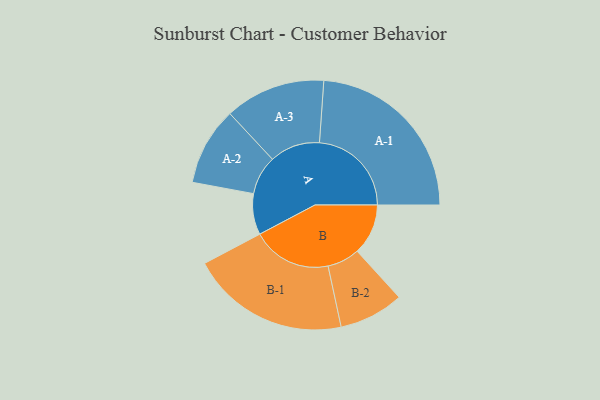
{"axis": {"x": "Segment", "y": "Value"}, "legend": ["", "A", "B"], "data": [{"x": "A", "y": 128, "type": ""}, {"x": "B", "y": 159, "type": ""}, {"x": "A-1", "y": 287, "type": "A"}, {"x": "A-2", "y": 122, "type": "A"}, {"x": "A-3", "y": 157, "type": "A"}, {"x": "B-1", "y": 248, "type": "B"}, {"x": "B-2", "y": 101, "type": "B"}]}